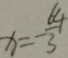
x = - \frac { 6 4 } { 3 }